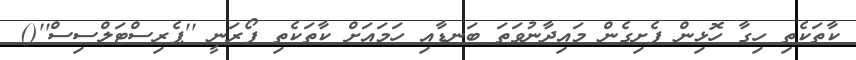
ކާތަކެތި ހިގާ ހޮޅިިން ފެށިގެން މައިދާނުވަތަ ބަނޑާއި ހަމައަށް ކާތަކެތި ފޯރަނީ ''ޕެރިސްޓަލްސިސް''()